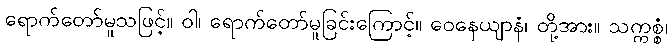
ရောက်တော်မူသဖြင့်။ ဝါ၊ ရောက်တော်မူခြင်းကြောင့်။ ဝေနေယျာနံ၊ တို့အား။ သက္ကစ္စံ၊